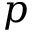
p